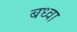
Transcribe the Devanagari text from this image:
बध्वा